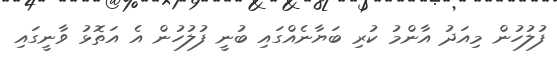
ފުލުހުން މިއަދު އާންމު ކުރި ބަޔާނެއްގައި ބުނީ ފުލުހުން އެ އަތޮޅު ވާނީގައި